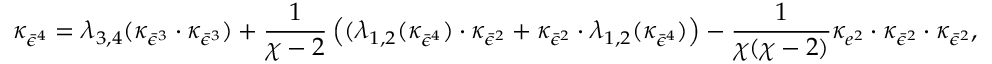
\kappa _ { \bar { \epsilon } ^ { 4 } } = \lambda _ { 3 , 4 } ( \kappa _ { \bar { \epsilon } ^ { 3 } } \cdot \kappa _ { \bar { \epsilon } ^ { 3 } } ) + \frac { 1 } { \chi - 2 } \left( ( \lambda _ { 1 , 2 } ( \kappa _ { \bar { \epsilon } ^ { 4 } } ) \cdot \kappa _ { \bar { \epsilon } ^ { 2 } } + \kappa _ { \bar { \epsilon } ^ { 2 } } \cdot \lambda _ { 1 , 2 } ( \kappa _ { \bar { \epsilon } ^ { 4 } } ) \right) - \frac { 1 } { \chi ( \chi - 2 ) } \kappa _ { e ^ { 2 } } \cdot \kappa _ { \bar { \epsilon } ^ { 2 } } \cdot \kappa _ { \bar { \epsilon } ^ { 2 } } ,